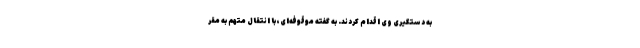
به دستگیری وی اقدام کردند. به گفته موقوفه‌ای، با انتقال متهم به مقر